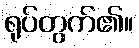
ရုပ်တွက်၏။